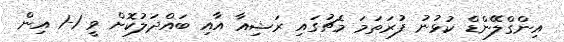
އިންގްލޭންޑް ކުޅުނު ފުރަތަމަ މެޗުގައި ރަޝިއާ އާއި ބައްދަލުކޮށް ވީ 1-1 އިން